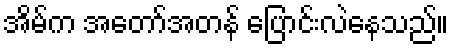
အိမ်က အတော်အတန် ပြောင်းလဲနေသည်။